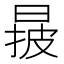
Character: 𣈓